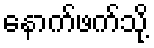
နောက်ဖက်သို့